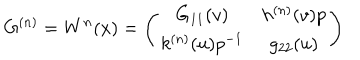
G ^ { ( n ) } = W ^ { n } ( x ) = \left( \begin{array} { c c } { { G _ { 1 1 } ( v ) } } & { { h ^ { ( n ) } ( v ) p } } \\ { { k ^ { ( n ) } ( u ) p ^ { - 1 } } } & { { g _ { 2 2 } ( u ) } } \\ \end{array} \right)